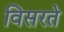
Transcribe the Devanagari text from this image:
विसरते